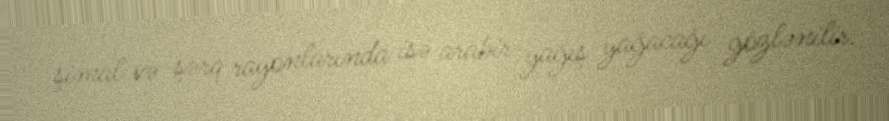
şimal və şərq rayonlarında isə arabir yağış yağacağı gözlənilir.